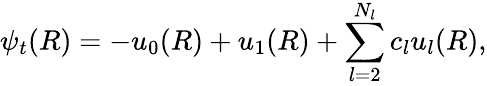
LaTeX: \psi_{t}(R)=-u_{0}(R)+u_{1}(R)+\sum_{l=2}^{N_{l}}c_{l}u_{l}(R),